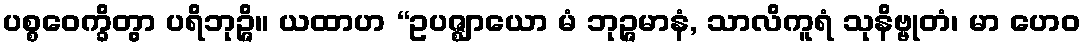
ပစ္စဝေက္ခိတွာ ပရိဘုဉ္ဇိ။ ယထာဟ “ဥပဇ္ဈာယော မံ ဘုဉ္ဇမာနံ, သာလိကူရံ သုနိဗ္ဗုတံ၊ မာ ဟေဝ